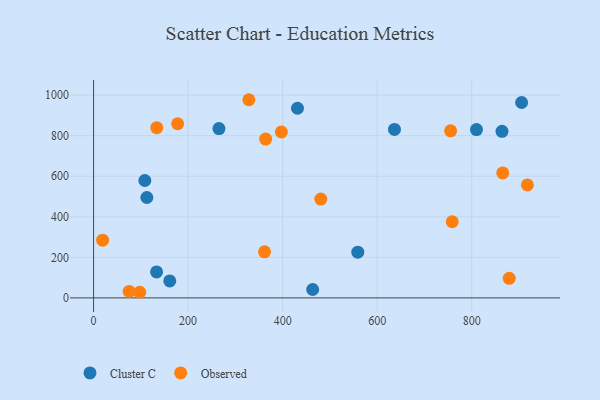
{"axis": {"x": "Engine Size", "y": "Yield"}, "legend": ["Cluster C", "Observed"], "data": [{"x": "905.6", "y": 963.7, "type": "Cluster C"}, {"x": "864.1", "y": 821.3, "type": "Cluster C"}, {"x": "636.6", "y": 830.8, "type": "Cluster C"}, {"x": "810.1", "y": 830.4, "type": "Cluster C"}, {"x": "108.4", "y": 579.0, "type": "Cluster C"}, {"x": "265.2", "y": 835.3, "type": "Cluster C"}, {"x": "161.1", "y": 83.8, "type": "Cluster C"}, {"x": "133.2", "y": 127.9, "type": "Cluster C"}, {"x": "112.7", "y": 495.2, "type": "Cluster C"}, {"x": "559.0", "y": 225.5, "type": "Cluster C"}, {"x": "431.4", "y": 935.3, "type": "Cluster C"}, {"x": "463.5", "y": 41.3, "type": "Cluster C"}, {"x": "361.7", "y": 227.1, "type": "Observed"}, {"x": "328.5", "y": 977.4, "type": "Observed"}, {"x": "133.6", "y": 839.3, "type": "Observed"}, {"x": "879.4", "y": 96.4, "type": "Observed"}, {"x": "397.3", "y": 818.3, "type": "Observed"}, {"x": "177.8", "y": 859.0, "type": "Observed"}, {"x": "865.7", "y": 616.2, "type": "Observed"}, {"x": "19.1", "y": 284.8, "type": "Observed"}, {"x": "755.4", "y": 824.2, "type": "Observed"}, {"x": "917.8", "y": 557.1, "type": "Observed"}, {"x": "364.0", "y": 783.3, "type": "Observed"}, {"x": "758.8", "y": 375.5, "type": "Observed"}, {"x": "75.2", "y": 31.8, "type": "Observed"}, {"x": "480.7", "y": 487.6, "type": "Observed"}, {"x": "97.6", "y": 27.7, "type": "Observed"}]}